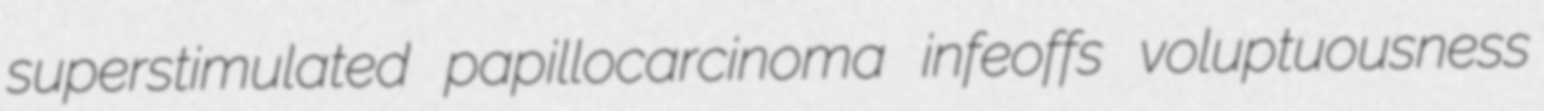
superstimulated papillocarcinoma infeoffs voluptuousness